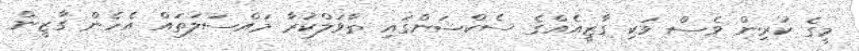
މީގެ ކުރިން ވެސް ވަކި ގާޒީއެއްގެ ސެކްޝަންގައި ތާވަލްކުރާ މައްސަލަތައް އެހެން ގާޒީން